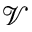
\mathcal { V }